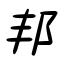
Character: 邦